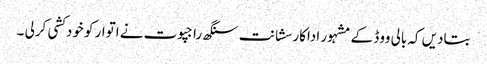
بتادیں کہ بالی ووڈ کے مشہور اداکار سشانت سنگھ راجپوت نے اتوار کو خودکشی کرلی ۔